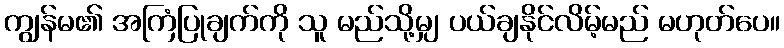
ကျွန်မ၏ အကြံပြုချက်ကို သူ မည်သို့မျှ ပယ်ချနိုင်လိမ့်မည် မဟုတ်ပေ။